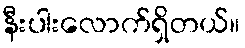
နီးပါးလောက်ရှိတယ်။